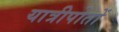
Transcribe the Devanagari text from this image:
यात्रीपोतों